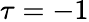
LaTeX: \tau=-1